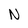
Character: N